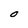
Character: O